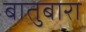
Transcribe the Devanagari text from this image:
बातुबारा